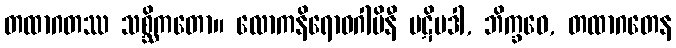
တထာဂတဿ သစ္ဆိကတော။ လောကနိရောဓဂါမိနီ ပဋိပဒါ, ဘိက္ခဝေ, တထာဂတေန